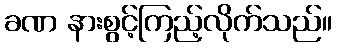
ခဏ နားစွင့်ကြည့်လိုက်သည်။